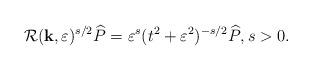
LaTeX: \begin{align*}\mathcal{R}(\mathbf{k}, \varepsilon)^{s/2}\widehat{P} = \varepsilon^s (t^2 + \varepsilon^2)^{-s/2} \widehat{P}, s > 0.\end{align*}